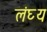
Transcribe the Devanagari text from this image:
लंघ्य